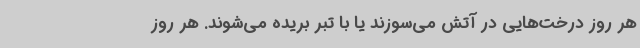
هر روز درخت‌هایی در آتش می‌سوزند یا با تبر بریده می‌شوند. هر روز